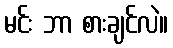
မင်း ဘာ စားချင်လဲ။